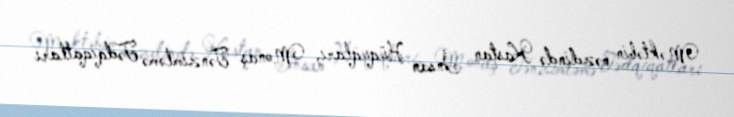
Məktəbin nəzdində Kastan İnsan Hüquqları, Monaş Tənzimləmə Tədqiqatları